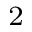
^ 2